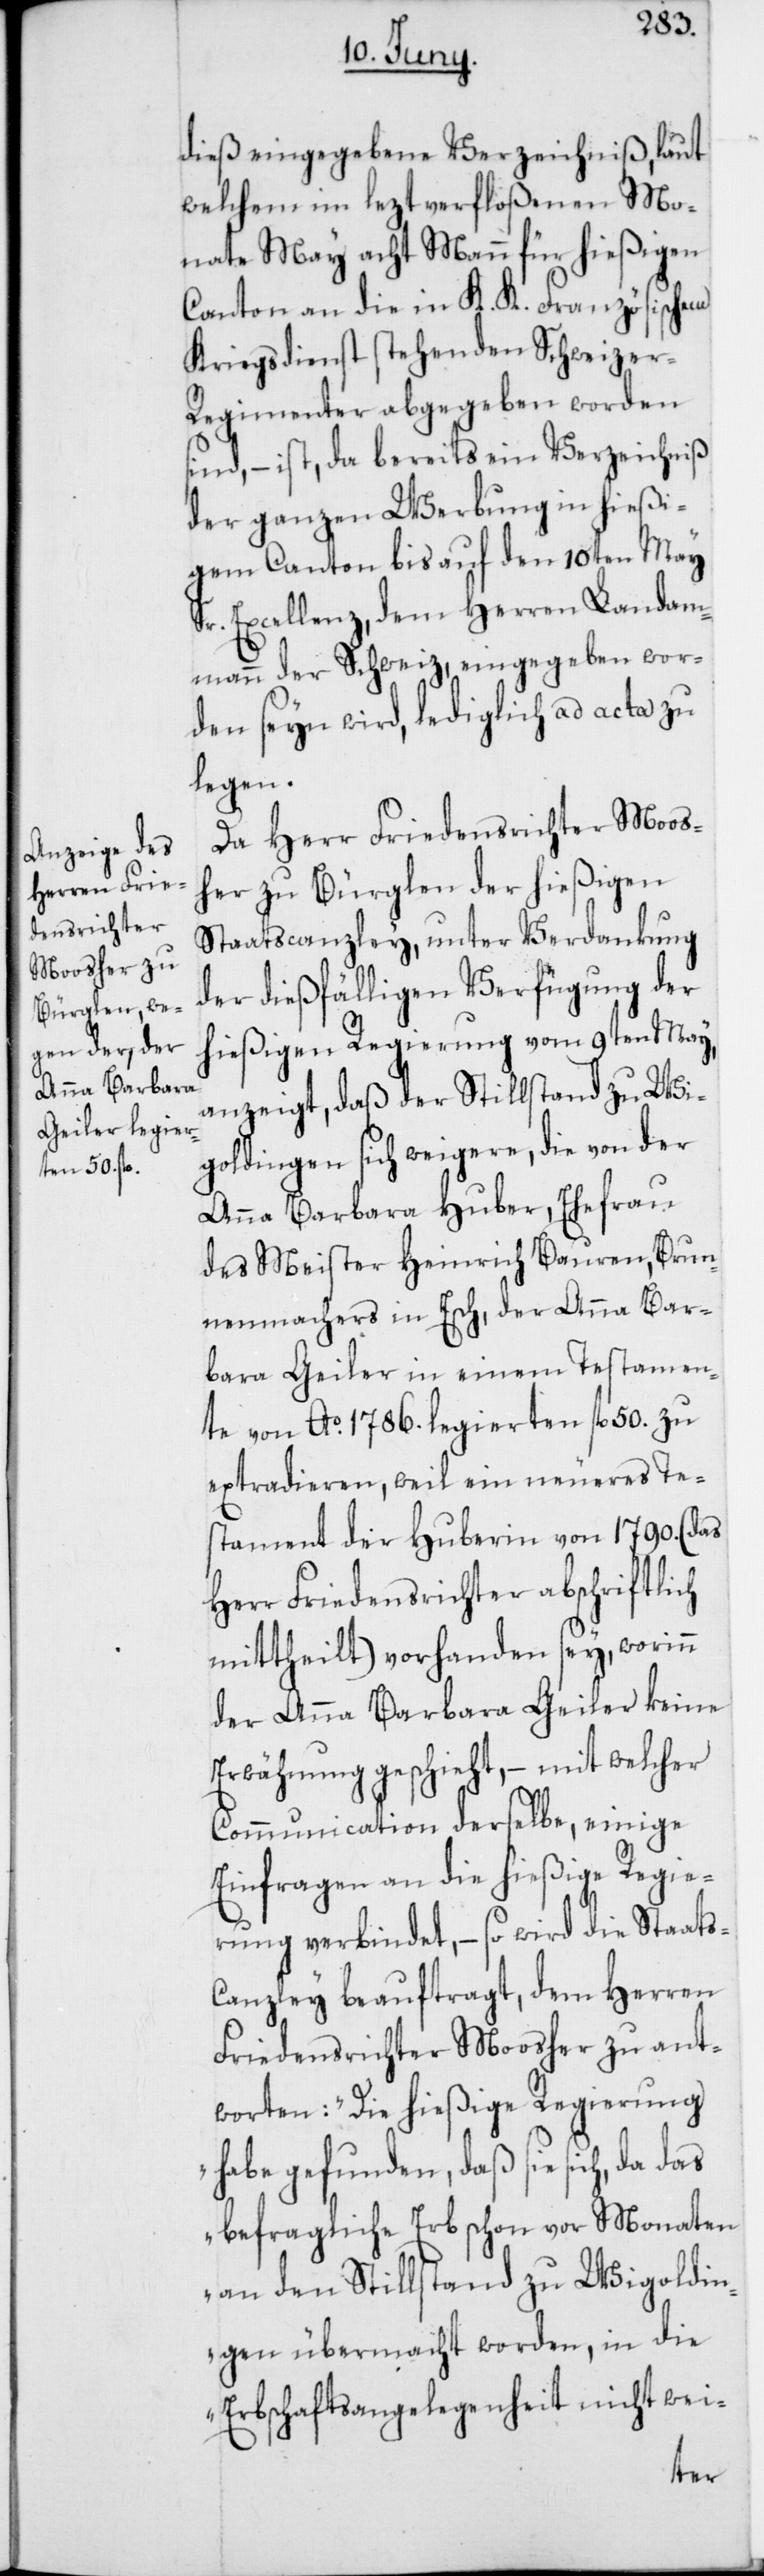
dieß eingegebene Verzeichniß, laut
welchem im lezt verfloßenen Mo¬
nate May acht Mann für hießigen
Canton an die in K. K. Französischem
Kriegsdienst stehenden Schweize¬
r-Regimenter abgegeben worden
sind, – ist, da bereits ein Verzeichniß
der ganzen Werbung in hießi¬
gem Canton bis auf den 10ten May
Sr. Excellenz, dem Herren Landam¬
mann der Schweiz, eingegeben wor¬
den seyn wird, lediglich ad acta zu
legen.
Da Herr Friedensrichter Moos¬
her zu Bürglen der hießigen
Staatscanzley, unter Verdankung
der dießfälligen Verfügung der
hießigen Regierung vom 9ten May,
anzeigt, daß der Stillstand zu Wi¬
goldingen sich weigere, die von der
Anna Barbara Huber, Ehefrau
des Meister Heinrich Bauren, Brun¬
nenmachers in Esch, der Anna Bar¬
bara Geiler in einem Testamen¬
te von Ao 1786. legierten fl. 50. zu
extradieren, weil ein neueres Tes¬
tament der Huberin von 1790. (das
Herr Friedensrichter abschriftlich
mittheilt) vorhanden sey, worinn
der Anna Barbara Geiler keine
Erwähnung geschieht, – mit welcher
Communication derselbe, einige
Einfragen an die hießige Regie¬
rung verbindet, – so wird die Staats-C¬
anzley beauftragt, dem Herren
Friedensrichter Moosher zu ant¬
worten: „Die hießige Regierung
habe gefunden, daß sie sich, da das
befragliche Erb schon vor Monaten
an den Stillstand zu Wigoldin¬
gen übermacht worden, in die
Erbschaftsangelegenheit nicht wei-